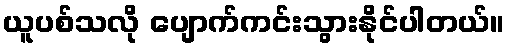
ယူပစ်သလို ပျောက်ကင်းသွားနိုင်ပါတယ်။